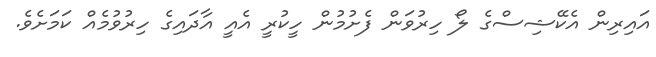
އައިރިން އެކޭޝިސްގެ ލޯ ހިރުވަން ފެށުމުން ހީކުރީ އެއީ އާދައިގެ ހިރުވުމެއް ކަމަށެވެ.